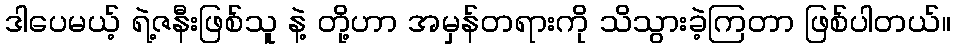
ဒါပေမယ့် ရဲ့ဇနီးဖြစ်သူ နဲ့ တို့ဟာ အမှန်တရားကို သိသွားခဲ့ကြတာ ဖြစ်ပါတယ်။